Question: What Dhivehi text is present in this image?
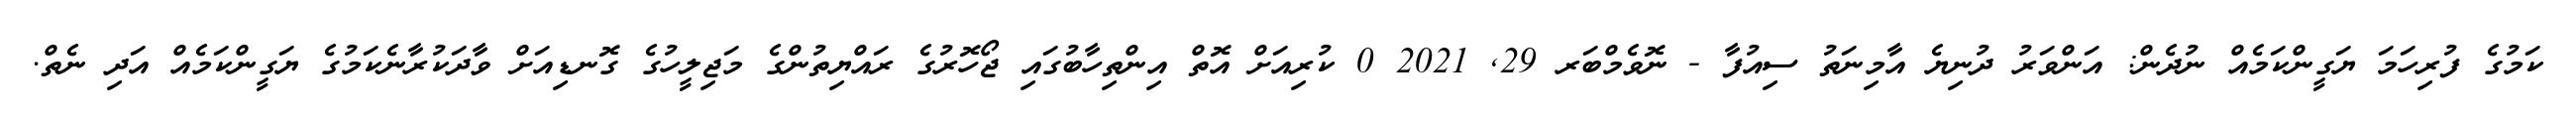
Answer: ކަމުގެ ފުރިހަމަ ޔަގީންކަމެއް ނުދެން: އަންވަރު ދުނިޔެ އާމިނަތު ސިއުފާ - ނޮވެމްބަރ 29, 2021 0 ކުރިއަށް އޮތް އިންތިހާބުގައި ޖޯހޮރުގެ ރައްޔިތުންގެ މަޖިލީހުގެ ގޮނޑިއަށް ވާދަކުރާނެކަމުގެ ޔަގީންކަމެއް އަދި ނެތް.